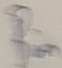
Text: Bin